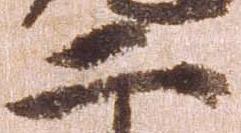
二